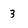
Character: 3